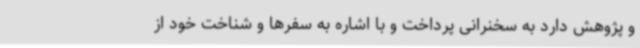
و پژوهش دارد به سخنرانی پرداخت و با اشاره به سفرها و شناخت خود از